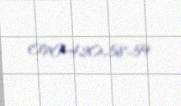
070-420-58-59